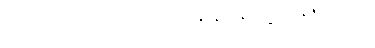
ဥဘောပိ တေ ပေစ္စ သမာ ဘဝန္တိ၊ နိဟီနကမ္မာ မနုဇာ ပရတ္ထ။